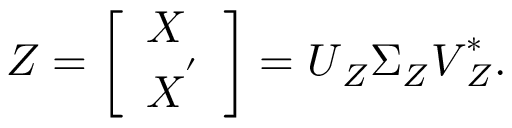
\boldsymbol { Z } = \left[ \begin{array} { l } { \boldsymbol { X } } \\ { \boldsymbol { X } ^ { ' } } \end{array} \right] = \boldsymbol { U } _ { Z } \boldsymbol { \Sigma } _ { Z } \boldsymbol { V } _ { Z } ^ { * } .